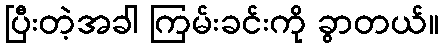
ပြီးတဲ့အခါ ကြမ်းခင်းကို ခွာတယ်။